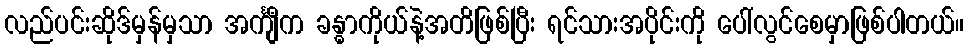
လည်ပင်းဆိုဒ်မှန်မှသာ အင်္ကျီက ခန္ဓာကိုယ်နဲ့အတိဖြစ်ပြီး ရင်သားအပိုင်းကို ပေါ်လွင်စေမှာဖြစ်ပါတယ်။